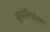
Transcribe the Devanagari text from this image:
मूल्‍यनिर्धारण